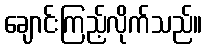
ချောင်းကြည့်လိုက်သည်။